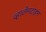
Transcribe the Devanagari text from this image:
व्हालेनटाइन